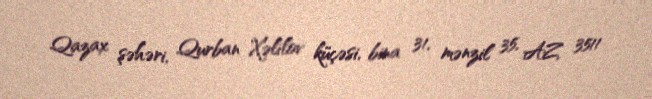
Qazax şəhəri, Qurban Xəlilov küçəsi, bina 31, mənzil 35, AZ 3511